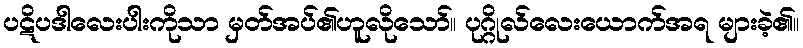
ပဋိပဒါလေးပါးကိုသာ မှတ်အပ်၏ဟူလိုသော်။ ပုဂ္ဂိုလ်လေးယောက်အရ များခဲ့၏။